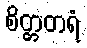
စိတ္တတရံ